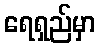
ရေရှည်မှာ